Calcutta medical institutions reports 1871-78
Year: 1871
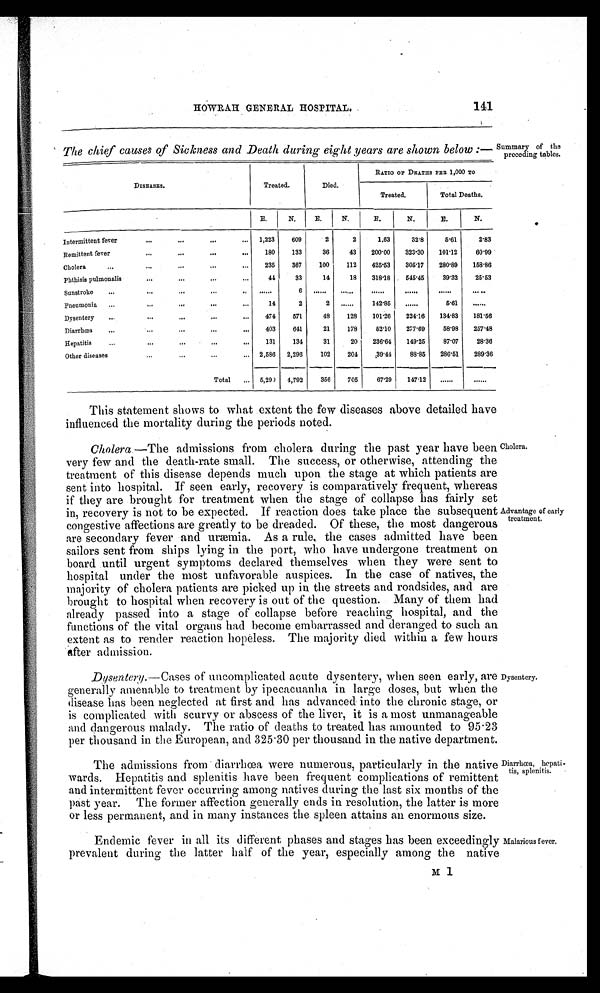
HOWRAH GENERAL HOSPITAL. 141
The chief causes of Sickness and Death during eight years are shown below:—
DISEASES.
Treated.
Died.
RATIO OF DEATHS PER 1,000 TO
Treated.
Total Deaths.
E.
N.
E.
N.
E.
N.
E.
N.
Intermittent fever
1,223
609
2
2
1.63
32·8
5·61
2·83
Remittent fever
180
133
36
43
200·00
323·30
101·12
60·99
Ch o l e r a
235
367
100
112
425·53
305·17
280·89
158·86
Phthisis pulmonalis
44
33
14
18
318·18
545·45
39·32
25·53
Sunstroke
. . . . . .
6
. . . . . .
. . . . . .
. . . . . .
. . . . . .
. . . . . .
. . . . . .
Pneumonia
14
2
2
......
142·85
. . . . . . 5·61
. . . . . .
Dysentery
474
571
48
128
101·26
224·16
134·83
181·56
Diarrhœa
403
641
21
178
52·10
277·69
58·98
257·48
.
...
...
...
Hepatitis
131
134
31
20
236·64
149·25
87·07
28·36
Other diseases
2,586
2,296
102
204
39·44
88·85
286·51
289·36
Total
5,290
4,792
356
705
67·29
147·12
. . . . . .
. . . . . .
Summary of the
preceding tables.
This statement shows to what extent the few diseases above detailed have
influenced the mortality during the periods noted.
Cholera.—The admissions from cholera during the past year have been
very few and the death-rate small. The success, or otherwise, attending the
treatment of this disease depends much upon the stage at which patients are
sent into hospital. If seen early, recovery is comparatively frequent, whereas
if they are brought for treatment when the stage of collapse has fairly set
in, recovery is not to be expected. If reaction does take place the subsequent
congestive affections are greatly to be dreaded. Of these, the most dangerous
are secondary fever and uræmia. As a rule, the cases admitted have been
sailors sent from ships lying in the port, who have undergone treatment on
board until urgent symptoms declared themselves when they were sent to
hospital under the most unfavorable auspices. In the case of natives, the
majority of cholera patients are picked up in the streets and roadsides, and are
brought to hospital when recovery is out of the question. Many of them had
already passed into a stage of collapse before reaching hospital, and the
functions of the vital organs had become embarrassed and deranged to such an
extent as to render reaction hopeless. The majority died within a few hours
after admission.
Cholera. Advantage of early treatment.
Dysentery.—Cases of uncomplicated acute dysentery, when seen early, are
generally amenable to treatment by ipecacuanha in large doses, but when the
disease has been neglected at first and has advanced into the chronic stage, or
is complicated with scurvy or abscess of the liver, it is a most unmanageable
and dangerous malady. The ratio of deaths to treated has amounted to 95·23
per thousand in the European, and 325·30 per thousand in the native department.
Dysentry.
The admissions from diarrhœa were numerous, particularly in the native
wards. Hepatitis and splenitis have been frequent complications of remittent
and intermittent fever occurring among natives during the last six months of the
past year. The former affection generally ends in resolution, the latter is more
or less permanent, and in many instances the spleen attains an enormous size.
D i a r r h œ a , h e p a t i t i s , s p l e n i t i s .
Endemic fever in all its different phases and stages has been exceedingly
prevalent during the latter half of the year, especially among the native
Malarious fever.